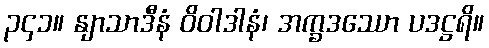
၃၄၁။ နျာသာဒီနံ ဝိဝါဒါနံ၊ အက္ခဒဿော ပဒဋ္ဌရိ။